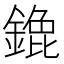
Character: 𬫹